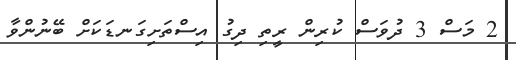
2 މަސް 3 ދުވަސް ކުރިން ރީތި ދިގު އިސްތަށިގަނޑަކަށް ބޭނުންވާ